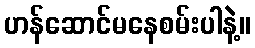
ဟန်ဆောင်မနေစမ်းပါနဲ့။